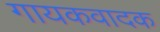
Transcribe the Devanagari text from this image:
गायकवादक